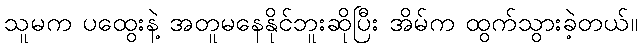
သူမက ပထွေးနဲ့ အတူမနေနိုင်ဘူးဆိုပြီး အိမ်က ထွက်သွားခဲ့တယ်။